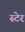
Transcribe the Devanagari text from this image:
स्टेर